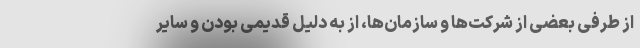
از طرفی بعضی از شرکت‌ها و سازمان‌ها، از به دلیل قدیمی بودن و سایر